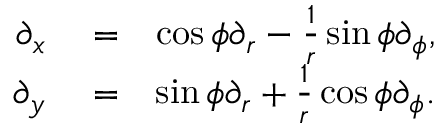
\begin{array} { r l r } { \partial _ { x } } & { { } = } & { \cos \phi \partial _ { r } - \frac { 1 } { r } \sin \phi \partial _ { \phi } , } \\ { \partial _ { y } } & { { } = } & { \sin \phi \partial _ { r } + \frac { 1 } { r } \cos \phi \partial _ { \phi } . } \end{array}